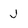
Character: j